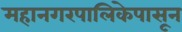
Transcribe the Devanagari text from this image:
महानगरपालिकेपासून